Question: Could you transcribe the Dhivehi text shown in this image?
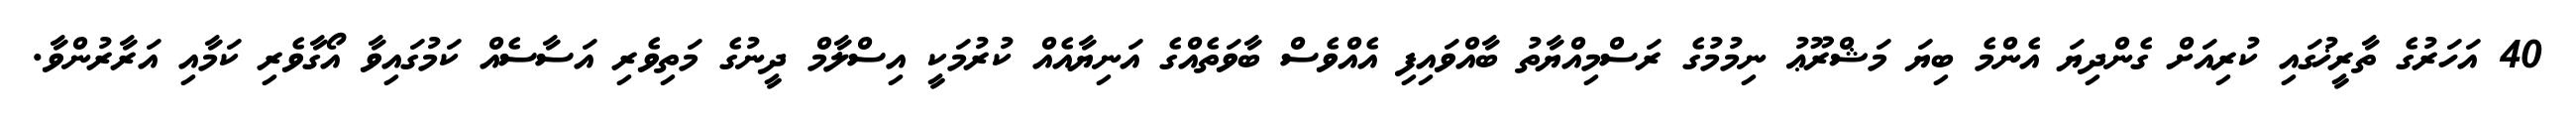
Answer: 40 އަހަރުގެ ތާރީޚުގައި ކުރިއަށް ގެންދިޔަ އެންމެ ބިޔަ މަޝްރޫޢު ނިމުމުގެ ރަސްމިއްޔާތު ބާއްވައިފި އެއްވެސް ބާވަތެއްގެ އަނިޔާއެއް ކުރުމަކީ އިސްލާމް ދީނުގެ މަތިވެރި އަސާސެއް ކަމުގައިވާ އޯގާވެރި ކަމާއި އަރާރުންވާ.